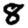
Digit: 8